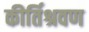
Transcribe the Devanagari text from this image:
कीर्तिश्रवण